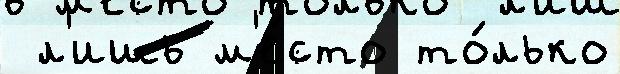
 л'ишь м'е́сто то́лько